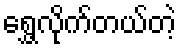
ရွှေ့လိုက်တယ်တဲ့